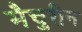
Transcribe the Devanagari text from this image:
मैचुरीन